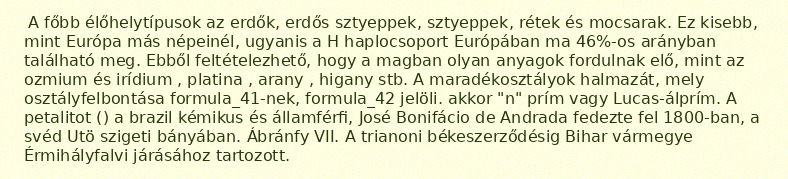
A főbb élőhelytípusok az erdők, erdős sztyeppek, sztyeppek, rétek és mocsarak. Ez kisebb, mint Európa más népeinél, ugyanis a H haplocsoport Európában ma 46%-os arányban található meg. Ebből feltételezhető, hogy a magban olyan anyagok fordulnak elő, mint az ozmium és irídium , platina , arany , higany stb. A maradékosztályok halmazát, mely osztályfelbontása formula_41-nek, formula_42 jelöli. akkor "n" prím vagy Lucas-álprím. A petalitot () a brazil kémikus és államférfi, José Bonifácio de Andrada fedezte fel 1800-ban, a svéd Utö szigeti bányában. Ábránfy VII. A trianoni békeszerződésig Bihar vármegye Érmihályfalvi járásához tartozott.